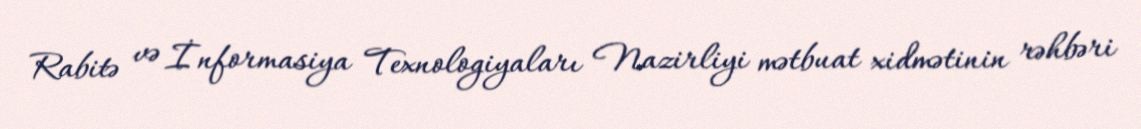
Rabitə və İnformasiya Texnologiyaları Nazirliyi mətbuat xidmətinin rəhbəri